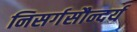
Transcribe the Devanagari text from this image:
निसर्गसौन्दर्य